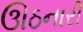
ઊઠનારી